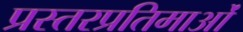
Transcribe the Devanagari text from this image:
प्रस्तरप्रतिमाओं